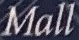
Mall